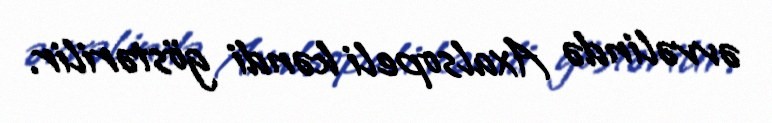
əvvəlində Axalsopeli kəndi göstərilir.